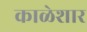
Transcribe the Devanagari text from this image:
काळेशार